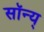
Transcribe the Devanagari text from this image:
सॉन्य्